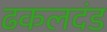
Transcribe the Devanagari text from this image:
ढकलदंड